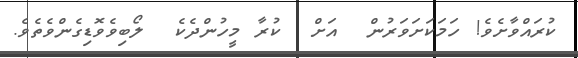
ކުރައްވާށެވެ! ހަމަކަށަވަރުން  އަށް  ކުރާ މީހުންދެކެ  ލޯބިވެވޮޑިގެންވެތެވެ.